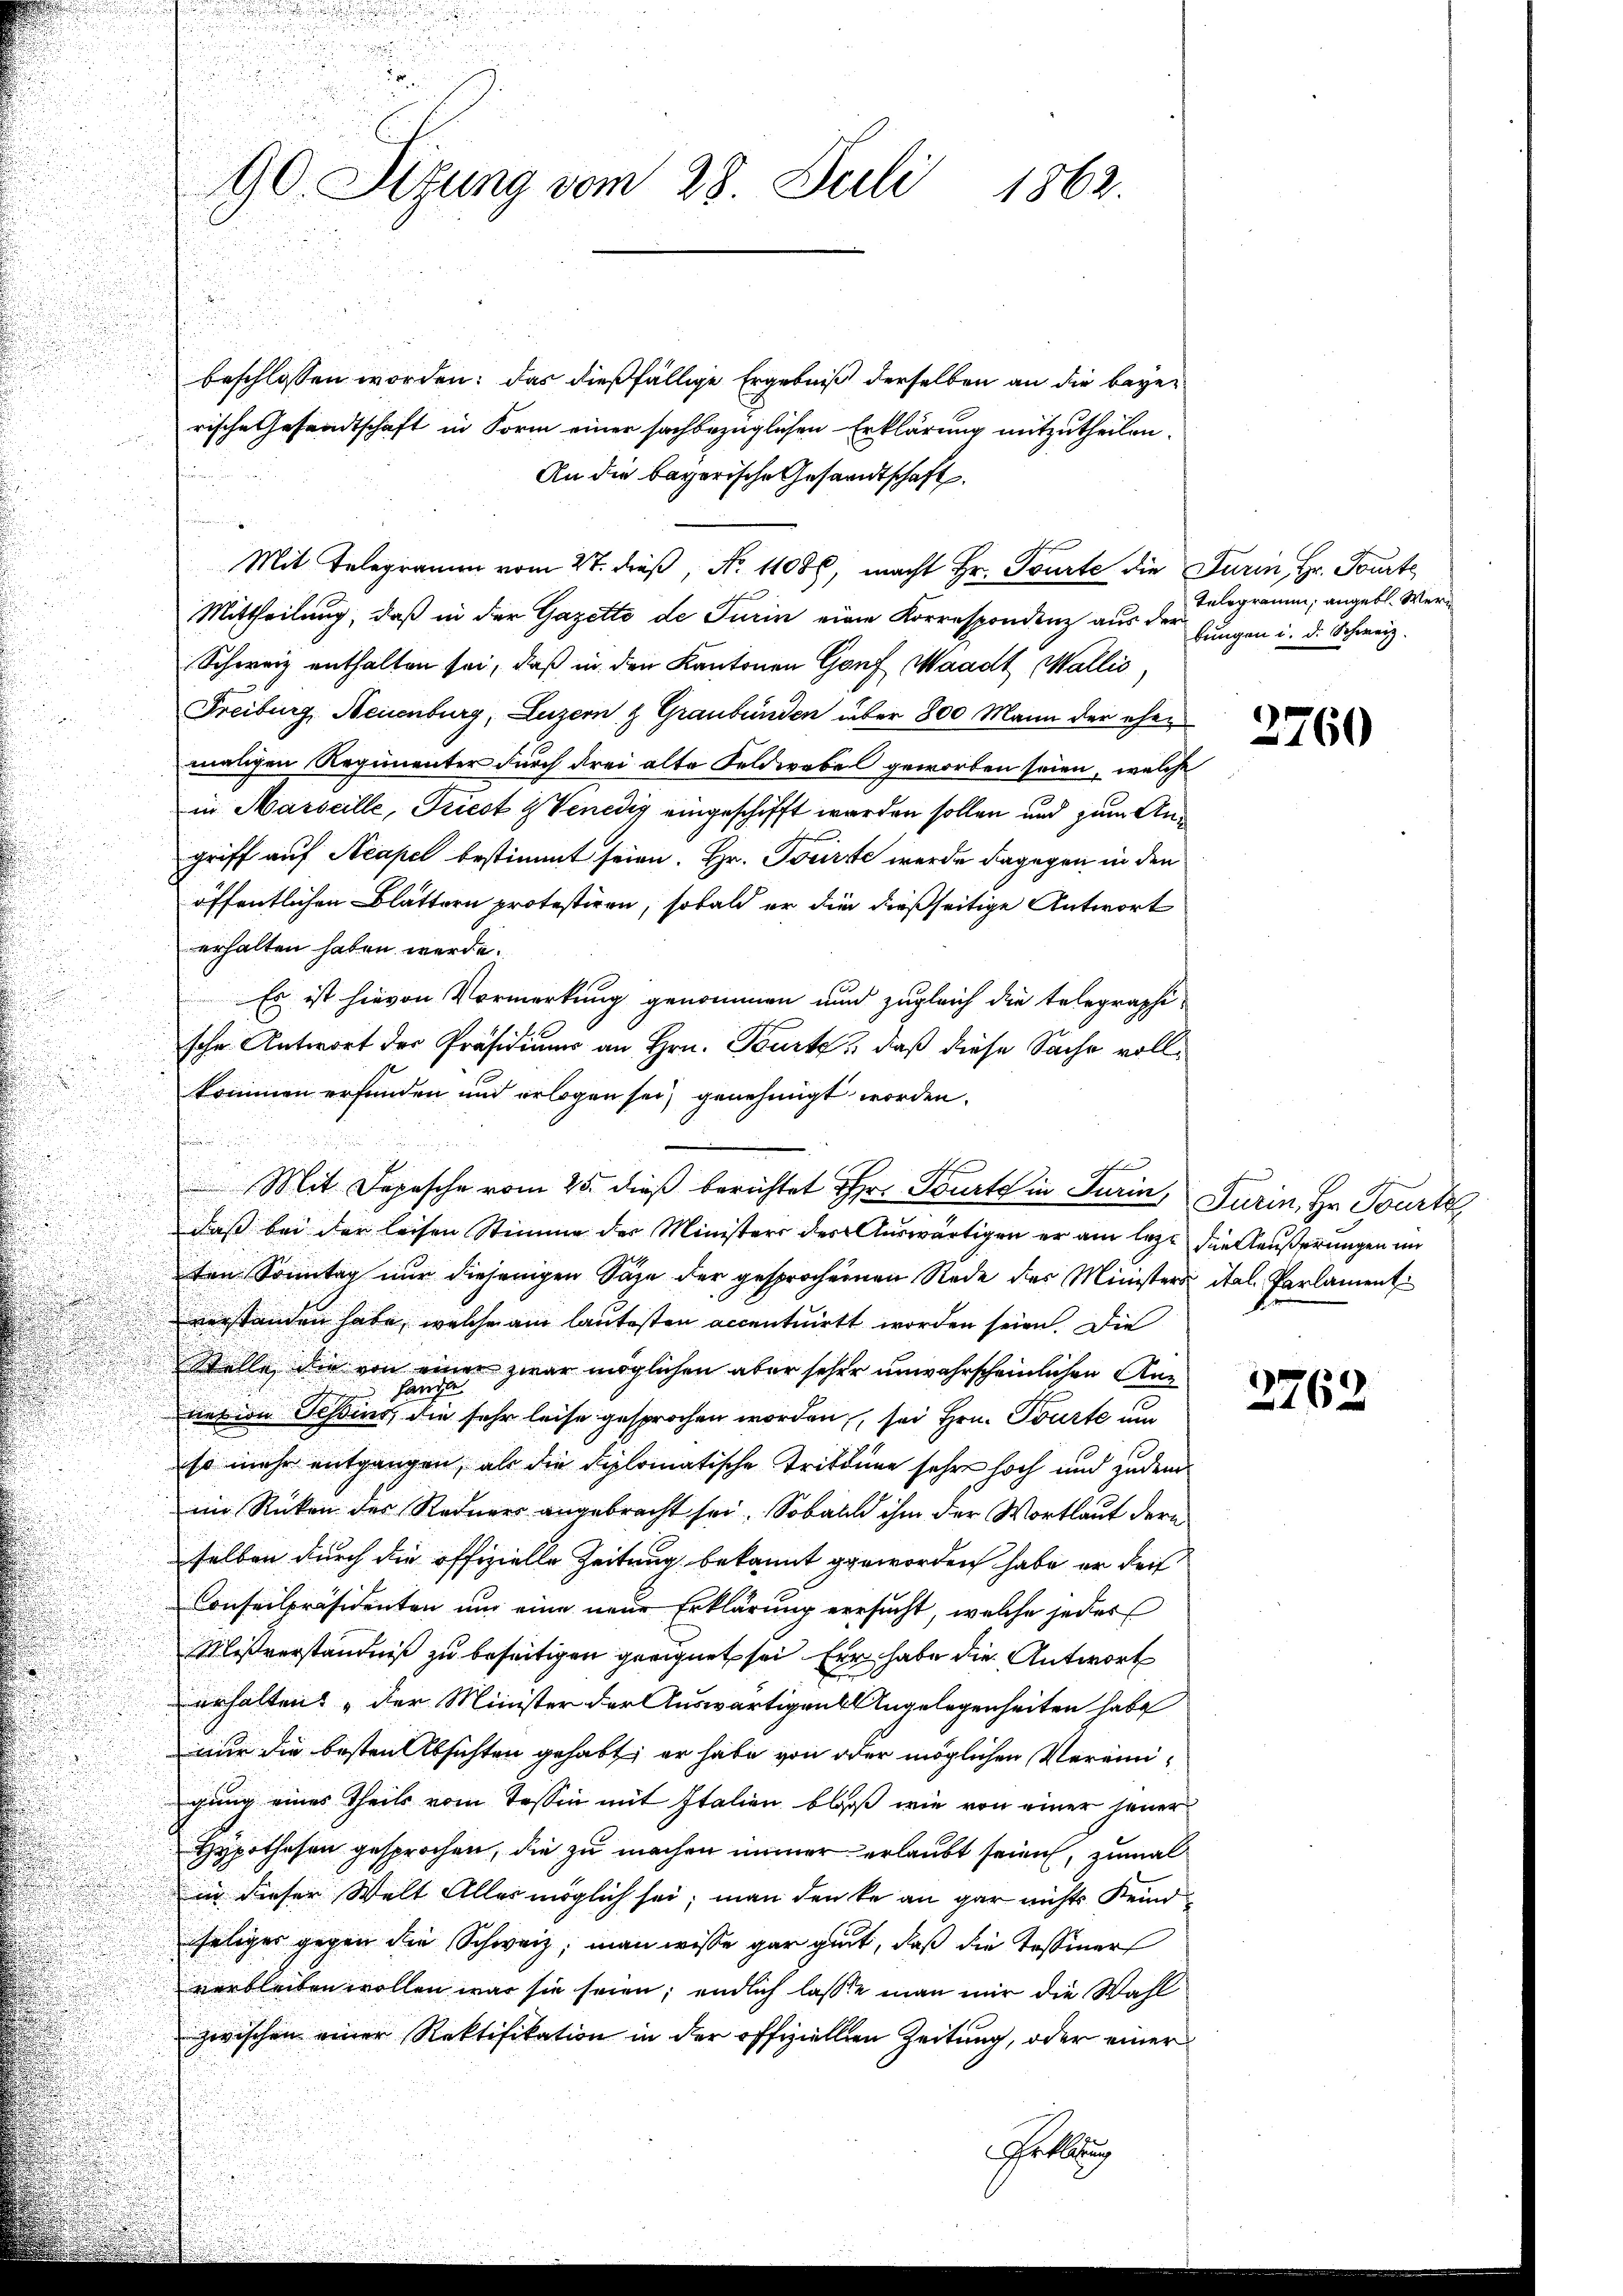
beschlossen worden: das dießfällige Ergebniß derselben an die begerische Gesandtschaft in Form einer sachbezüglichen Erklärung mitzutheilen.
An die bayerische Gesandtschaft.
Mit Telegramm vom 27. dieß, No. 11086, macht Hr. Tourte die Turin, Hr. Tourte
Mittheilung, daß in der Gazette de Turin eine Korrespondenz aus der jungen i. d. Schweiz.
Schweiz enthalten sei, daß in den Kantonen Genf Waadt, Wallis,
Freiburg, Neuenburg, Luzern & Graubünden über 800 Mann der ehen
maligen Regimenter durch drei alte Feldwebel geworben seien, welche
in Marseille, Triest z Venedig eingeschifft werden sollen und zum Angriff auf Neapel bestimmt seien. Hr. Tocirte werde dagegen in den
öffentlichen Blättern protestiren, sobald er die dießseitige Antwort
erhalten haben werde.
Es ist hievon Vormerkung genommen und zugleich die telegraphische Antwort der Präsidium an Hrn. Beurte, daß diese Sache vollkommen erfunden und erlegen sei, genehmigt worden.
ten Sonntag nur diejenigen Säge der gesprochenen Rede des Ministers ital. Parlament
verstanden habe, welche am lautesten accentuirt worden seien. Die
Stelle, die von einer zwar möglichen aber seher unwahrscheinlichen Annet in Teßins, die sehr leise gesprochen worden, sei Hrn. Touste um
so mehr entgangen, als die diplomatische Trittune sehr hoch und zudem
im Rücken des Redners angebracht sei. Sobald ihm der Wortlaut dern
selben durch die offizielle Zeitung bekannt geworden habe er dei
Conseilpräsidenten um eine neue Erklärung versucht, welche jeder
Mißverständniß zu beseitigen geeignet sei. Für habe die Antwort
erhalten: „Der Minister der Auswärtigen Angelegenheiten habe
nur die besten Absichten gehabt, er habe von oder möglichen Vereinigung eines Theils vom Tessin mit Italien bloß wie von einer jener
Hypothesen gesprochen, die zu machen immer erlaubt seien, zumal
in dieser Welt Alles möglich sei; man denke an gar nichts Keindseliges gegen die Schweiz, man wisse gar gut, daß die Tessiner
verbleiben wollen war sie seien; endlich lasse man mir die Wahl
zwischen einer Rektifikation in der offiziellen Zeitung, oder einer
Grellung

i
90. Sizung vom 28. Juli 1862.

n

t
Mit Depesche vom 25. dieß berichtet ihr. Tourt in Turin, Furin, Hr. Tourte
daß bei der leisen Stimme der Ministers der Auswärtigen er am lezt die Aeußerungen im

Telegramm, angebl. Wer¬

2760

2762